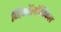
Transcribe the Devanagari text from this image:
जिऑलॉजिकल